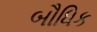
બૌધિક